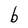
Character: b